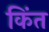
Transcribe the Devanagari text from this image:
किंत